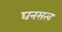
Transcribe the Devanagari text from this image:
घनसत्व